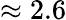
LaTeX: \approx 2.6